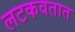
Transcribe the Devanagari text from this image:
लटकवतात